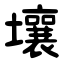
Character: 壤